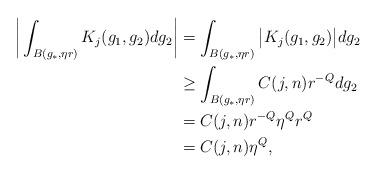
LaTeX: \begin{align*}\bigg|\int_{B(g_*, \eta r)} K_j(g_1, g_2) dg_2\bigg| &=\int_{B(g_*, \eta r)} \big|K_j(g_1, g_2)\big| dg_2 \\&\geq \int_{B(g_*, \eta r)} C(j,n) r^{ -Q} dg_2\\&=C(j,n) r^{ -Q} \eta^Q r^Q\\&=C(j,n) \eta^Q,\end{align*}